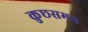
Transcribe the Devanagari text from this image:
कुछसमय